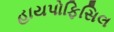
હાયપોફિસિલ